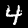
Label: 4